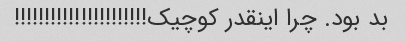
بد بود. چرا اینقدر کوچیک!!!!!!!!!!!!!!!!!!!!!!